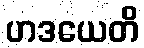
ဟဒယေတိ